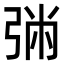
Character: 㢼